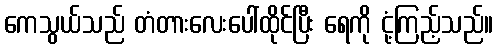
ကေသွယ်သည် တံတားလေးပေါ်ထိုင်ပြီး ရေကို ငုံ့ကြည့်သည်။